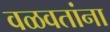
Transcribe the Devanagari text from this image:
वळवतांना